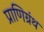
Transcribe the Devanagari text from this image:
प्राणिग्रंथ